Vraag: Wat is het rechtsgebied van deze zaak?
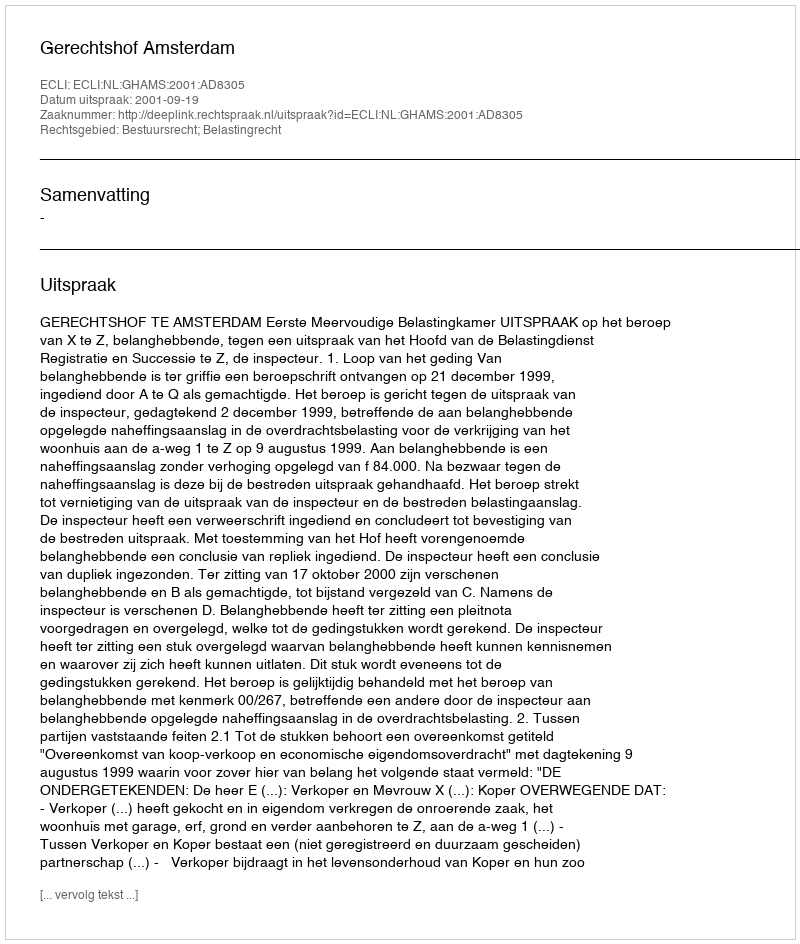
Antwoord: Bestuursrecht; Belastingrecht